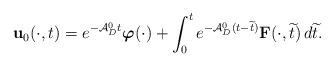
LaTeX: \begin{align*}\mathbf{u}_0 (\cdot ,t)=e^{-\mathcal{A}_D^0t}\boldsymbol{\varphi}(\cdot)+\int _0^t e^{-\mathcal{A}_D^0(t-\widetilde{t})}\mathbf{F}(\cdot ,\widetilde{t})\,d\widetilde{t}.\end{align*}